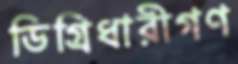
ডিগ্রিধারীগণ